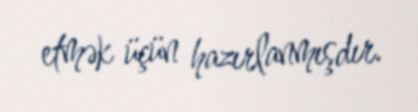
etmək üçün hazırlanmışdır.